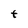
Character: t